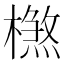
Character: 𣛶